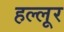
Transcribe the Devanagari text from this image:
हल्लूर